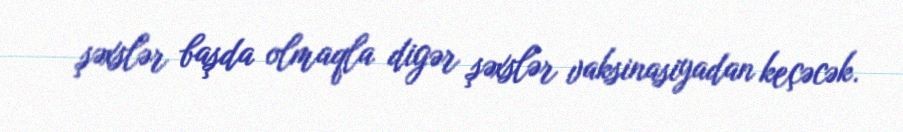
şəxslər başda olmaqla digər şəxslər vaksinasiyadan keçəcək.